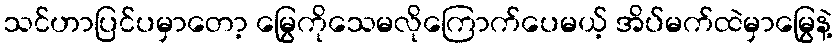
သင်ဟာပြင်ပမှာတော့ မြွေကိုသေမလိုကြောက်ပေမယ့် အိပ်မက်ထဲမှာမြွေနဲ့